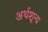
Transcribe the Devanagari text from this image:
अर्थशून्य